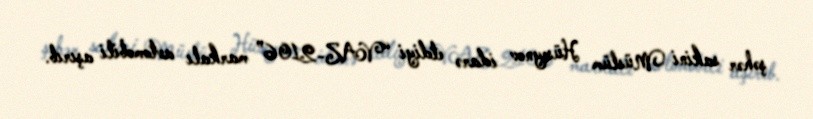
şəhər sakini Müslüm Hüseynov idarə etdiyi “VAZ-2106” markalı avtomobili aşırıb.